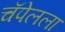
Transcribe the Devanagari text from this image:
चॅपेलला